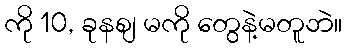
ကို 10, ခုနစျ မကို တွေနဲ့မတူဘဲ။